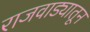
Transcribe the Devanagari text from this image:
राजवाड्यातून